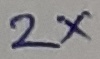
Text: 2X